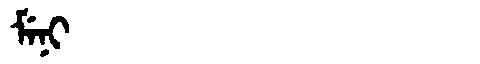
Manchu: ᠮᡝᠨᡳ
Romanization: MENI